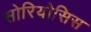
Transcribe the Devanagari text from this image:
सोरियोसिस